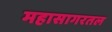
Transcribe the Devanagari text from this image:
महासागरतल